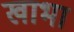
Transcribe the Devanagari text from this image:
खाभा